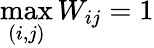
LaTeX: \operatorname*{max}_{(i,j)}W_{ij}=1